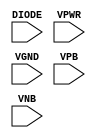
/*
 * Copyright 2020 The SkyWater PDK Authors
 *
 * Licensed under the Apache License, Version 2.0 (the "License");
 * you may not use this file except in compliance with the License.
 * You may obtain a copy of the License at
 *
 *     https://www.apache.org/licenses/LICENSE-2.0
 *
 * Unless required by applicable law or agreed to in writing, software
 * distributed under the License is distributed on an "AS IS" BASIS,
 * WITHOUT WARRANTIES OR CONDITIONS OF ANY KIND, either express or implied.
 * See the License for the specific language governing permissions and
 * limitations under the License.
 *
 * SPDX-License-Identifier: Apache-2.0
*/


`ifndef SKY130_FD_SC_HVL__DIODE_FUNCTIONAL_PP_V
`define SKY130_FD_SC_HVL__DIODE_FUNCTIONAL_PP_V

/**
 * diode: Antenna tie-down diode.
 *
 * Verilog simulation functional model.
 */

`timescale 1ns / 1ps
`default_nettype none

`celldefine
module sky130_fd_sc_hvl__diode (
    DIODE,
    VPWR ,
    VGND ,
    VPB  ,
    VNB
);

    // Module ports
    input DIODE;
    input VPWR ;
    input VGND ;
    input VPB  ;
    input VNB  ;
     // No contents.
endmodule
`endcelldefine

`default_nettype wire
`endif  // SKY130_FD_SC_HVL__DIODE_FUNCTIONAL_PP_V